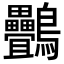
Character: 䴑